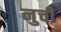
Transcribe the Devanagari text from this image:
नुचीं